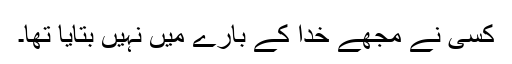
کسی نے مجھے خُدا کے بارے میں نہیں بتایا تھا۔